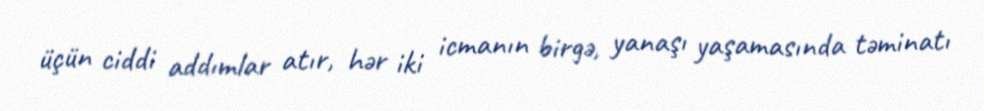
üçün ciddi addımlar atır, hər iki icmanın birgə, yanaşı yaşamasında təminatı